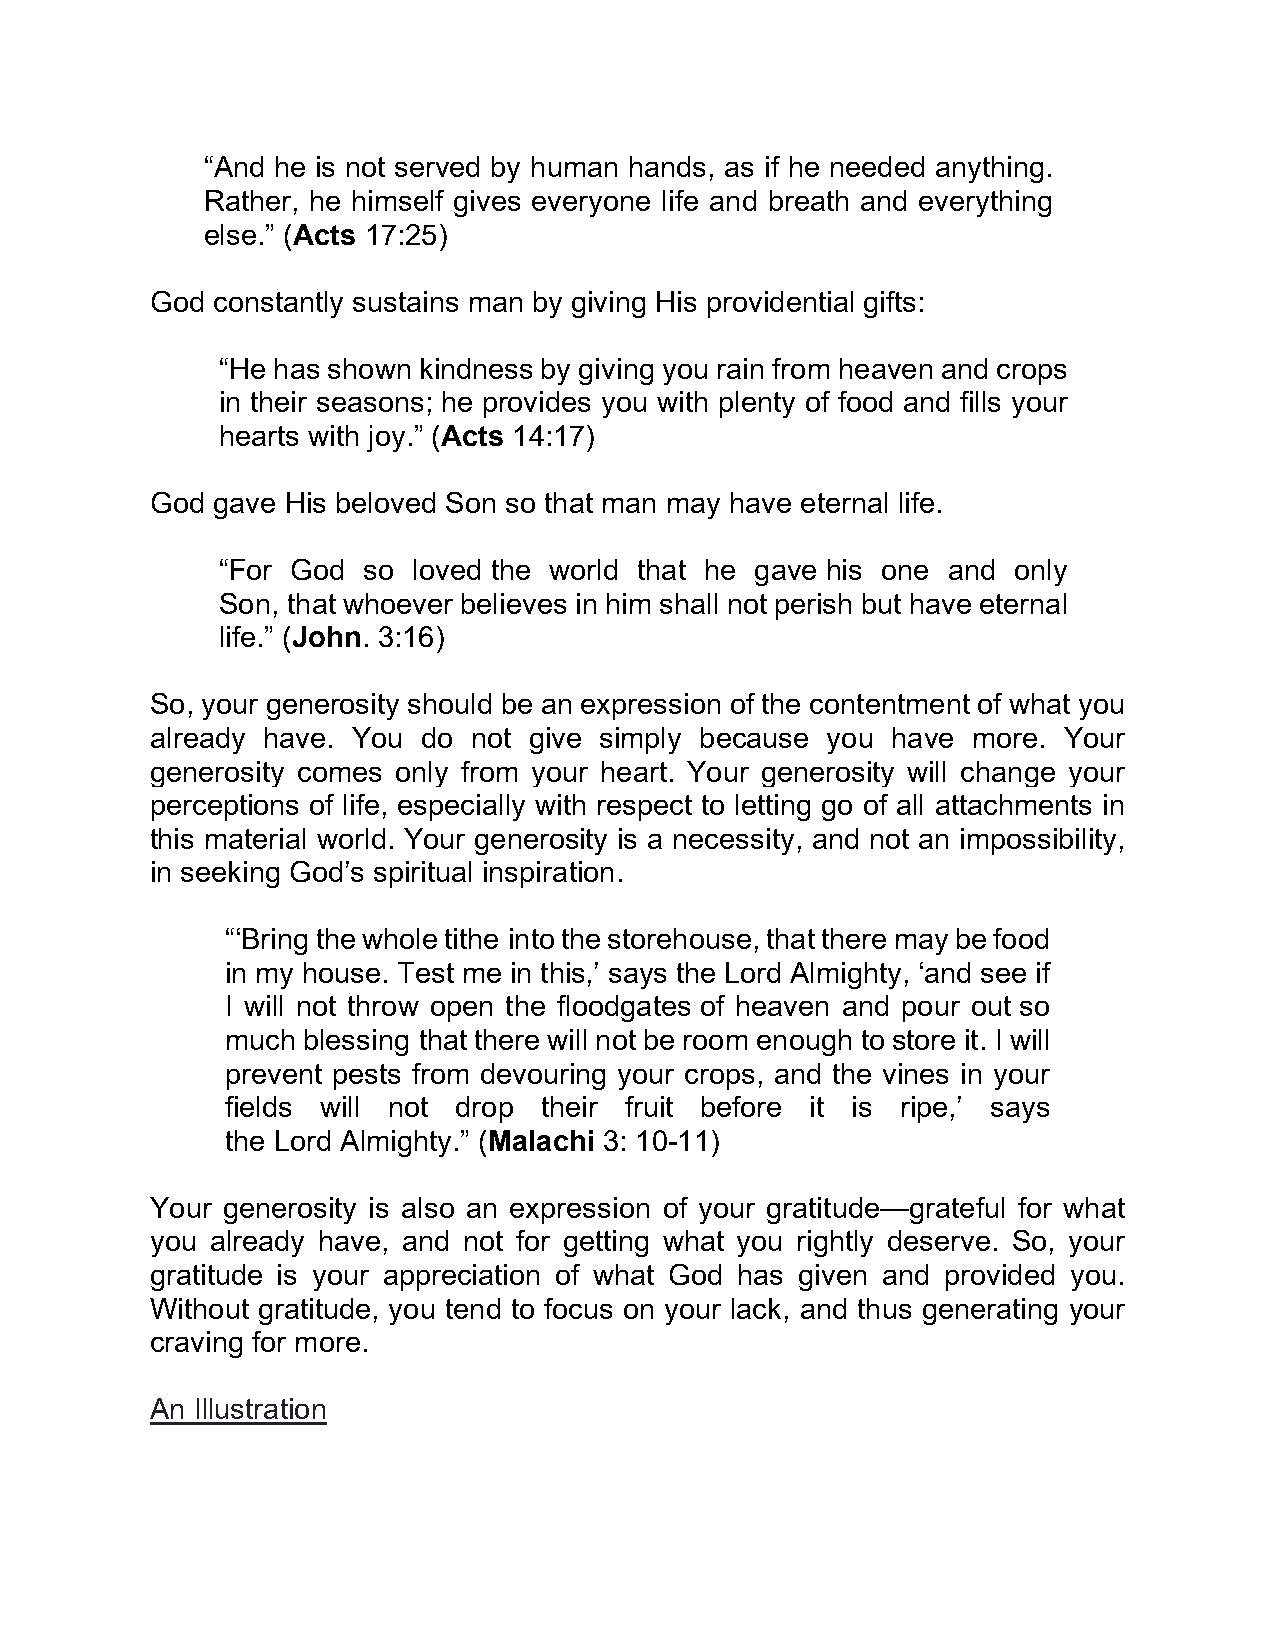
“And he is not served by human hands, as if he needed anything.
 Rather, he himself gives everyone life and breath and everything
 else.” (Acts 17:25)
 God constantly sustains man by giving His providential gifts:
 “He has shown kindness by giving you rain from heaven and crops
 in their seasons; he provides you with plenty of food and fills your
 hearts with joy.” (Acts 14:17)
 God gave His beloved Son so that man may have eternal life.
 “For God  so loved the world that he gave his one and only
 Son, that whoever believes in him shall not perish but have eternal
 life.” (John. 3:16)
 So, your generosity should be an expression of the contentment of what you
 already have. You do not give simply because you have more. Your
 generosity comes only from your heart. Your generosity will change your
 perceptions of life, especially with respect to letting go of all attachments in
 this material world. Your generosity is a necessity, and not an impossibility,
 in seeking God’s spiritual inspiration.
 “‘Bring the whole tithe into the storehouse, that there may be food
 in my house. Test me in this,’ says the Lord Almighty, ‘and see if
 I will not throw open the floodgates of heaven and pour out so
 much blessing that there will not be room enough to store it. I will
 prevent pests from devouring your crops, and the vines in your
 fields will not drop their fruit before it is ripe,’ says
 the Lord Almighty.” (Malachi 3: 10-11)
 Your generosity is also an expression of your gratitude—grateful for what
 you already have, and not for getting what you rightly deserve. So, your
 gratitude is your appreciation of what God has given and provided you.
 Without gratitude, you tend to focus on your lack, and thus generating your
 craving for more.
 An Illustration